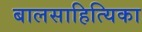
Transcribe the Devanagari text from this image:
बालसाहित्यिका